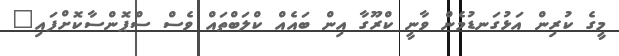
މީގެ ކުރިން އަޅުގަނޑުމެން ވާނީ ކްރޫގާ އިން ބައެއް ކްލަބްތައް ވެސް ސްޕޮންސާކޮށްފައި"